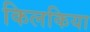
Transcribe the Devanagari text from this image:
किलकिया